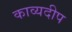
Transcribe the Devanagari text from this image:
काव्यदीप